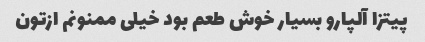
پیتزا آلپارو بسیار خوش طعم بود خیلی ممنونم ازتون